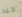
جيد